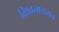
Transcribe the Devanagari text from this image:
विश्वनाथराव